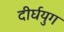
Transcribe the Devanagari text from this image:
दीर्घयुग